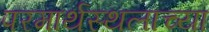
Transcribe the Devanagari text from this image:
परमार्थस्थलाच्या